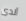
ألدى